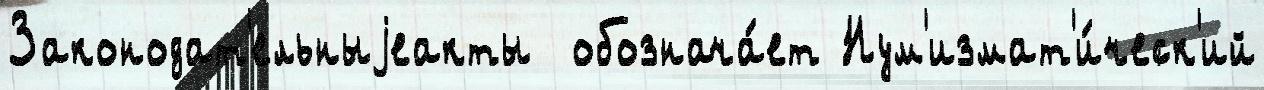
Законодат'ельныjеакты  обознача́ет Нум'измат'и́ческ'ий